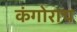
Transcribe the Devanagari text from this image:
कंगोराच